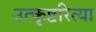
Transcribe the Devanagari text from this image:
उत्कृष्टरित्या